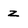
Character: z